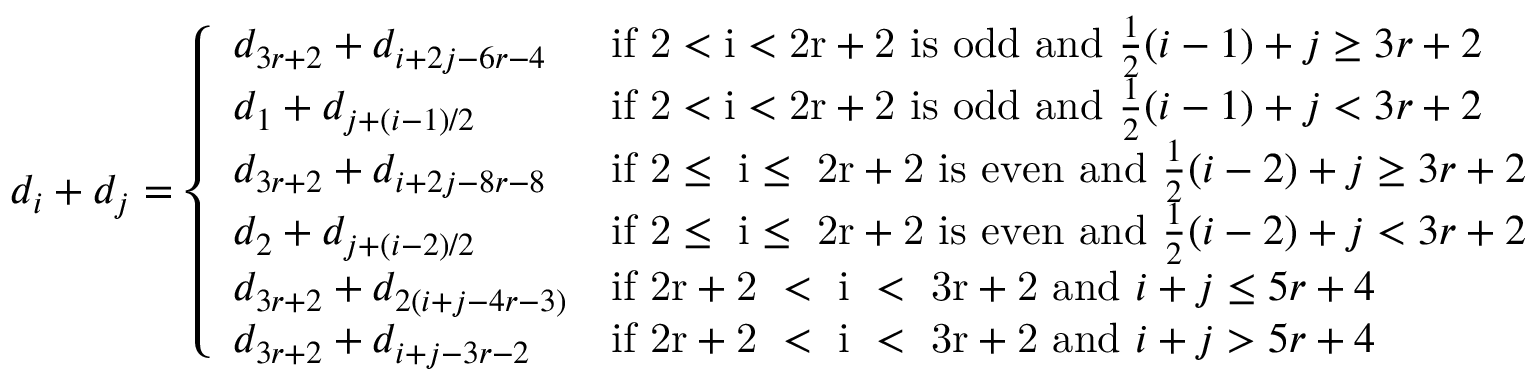
d _ { i } + d _ { j } = \left\{ \begin{array} { l l } { d _ { 3 r + 2 } + d _ { i + 2 j - 6 r - 4 } } & { \mathrm { i f ~ 2 < i < 2 r + 2 ~ i s ~ o d d ~ a n d ~ } \frac { 1 } { 2 } ( i - 1 ) + j \geq 3 r + 2 } \\ { d _ { 1 } + d _ { j + ( i - 1 ) / 2 } } & { \mathrm { i f ~ 2 < i < 2 r + 2 ~ i s ~ o d d ~ a n d ~ } \frac { 1 } { 2 } ( i - 1 ) + j < 3 r + 2 } \\ { d _ { 3 r + 2 } + d _ { i + 2 j - 8 r - 8 } } & { \mathrm { i f ~ 2 \leq ~ i \leq ~ 2 r + 2 ~ i s ~ e v e n ~ a n d ~ } \frac { 1 } { 2 } ( i - 2 ) + j \geq 3 r + 2 } \\ { d _ { 2 } + d _ { j + ( i - 2 ) / 2 } } & { \mathrm { i f ~ 2 \leq ~ i \leq ~ 2 r + 2 ~ i s ~ e v e n ~ a n d ~ } \frac { 1 } { 2 } ( i - 2 ) + j < 3 r + 2 } \\ { d _ { 3 r + 2 } + d _ { 2 ( i + j - 4 r - 3 ) } } & { \mathrm { i f ~ 2 r + 2 ~ < ~ i ~ < ~ 3 r + 2 ~ a n d ~ } i + j \leq 5 r + 4 } \\ { d _ { 3 r + 2 } + d _ { i + j - 3 r - 2 } } & { \mathrm { i f ~ 2 r + 2 ~ < ~ i ~ < ~ 3 r + 2 ~ a n d ~ } i + j > 5 r + 4 } \end{array} \right.